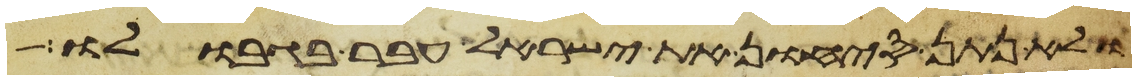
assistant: ולא נתן סיחון את ישראל עבר בגבולו